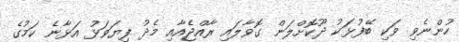
ހުންނެވި ވަކި ބޭފުޅަކު ދޫކޮށްލަން ގޮވާލައި ރާއްޖެއާއި މެދު ފިޔަވަޅު އަޅާނެ ކަމުގެ